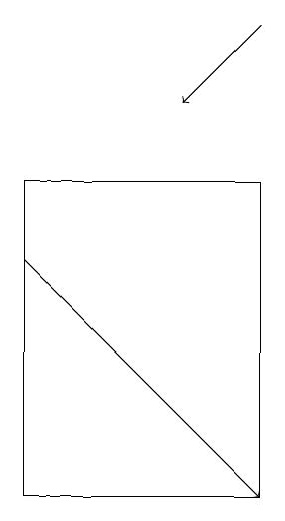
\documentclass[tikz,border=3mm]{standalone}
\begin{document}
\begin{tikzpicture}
\draw[->] (7,18) -- (6,17);
\draw[->] (4,15) -- (7,12);
\draw (7,12) rectangle (4,16);
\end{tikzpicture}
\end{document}